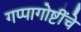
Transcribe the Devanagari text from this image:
गप्पागोष्टींचे